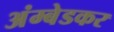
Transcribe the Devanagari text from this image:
अंम्बेडकर